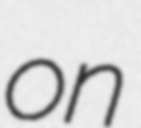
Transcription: on